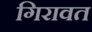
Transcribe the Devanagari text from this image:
गिरावत